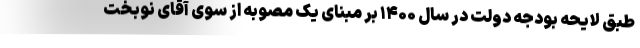
طبق لایحه بودجه دولت در سال ۱۴۰۰ بر مبنای یک مصوبه از سوی آقای نوبخت